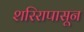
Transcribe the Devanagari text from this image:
शरिरापासून